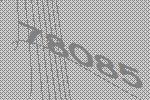
78085